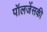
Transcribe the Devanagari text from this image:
पॉलजेंसकी